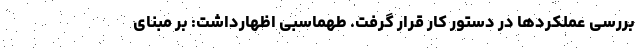
بررسی عملکردها در دستور کار قرار گرفت. طهماسبی اظهارداشت: بر مبنای